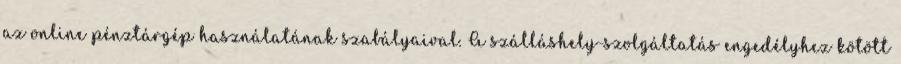
az online pénztárgép használatának szabályaival. A szálláshely-szolgáltatás engedélyhez kötött